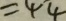
= 4 4